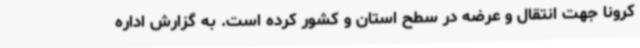
کرونا جهت انتقال و عرضه در سطح استان و کشور کرده است. به گزارش اداره